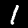
Digit: 1